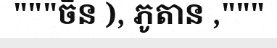
"""ចិន ), ភូតាន ,"""